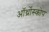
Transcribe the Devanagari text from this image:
ऑर्थ्रोस्कोप